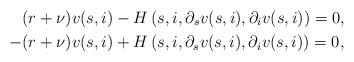
LaTeX: \begin{align*}&(r+\nu)v(s,i)-H\left(s,i,\partial_s v(s,i),\partial_i v(s,i)\right) = 0, \\-&(r+\nu)v(s,i)+H\left(s,i,\partial_s v(s,i),\partial_i v(s,i)\right) = 0, \end{align*}